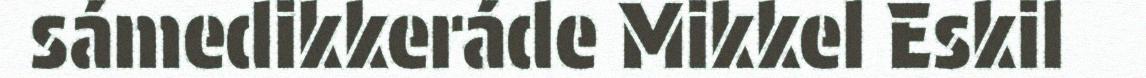
sámedikkeráde Mikkel Eskil